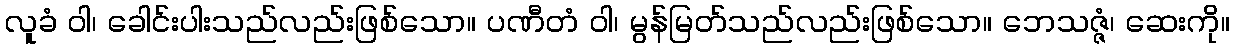
လူခံ ဝါ၊ ခေါင်းပါးသည်လည်းဖြစ်သော။ ပဏီတံ ဝါ၊ မွန်မြတ်သည်လည်းဖြစ်သော။ ဘေသဇ္ဇံ၊ ဆေးကို။